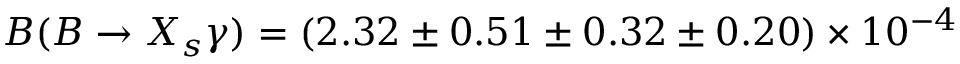
{ \cal B } ( B \to X _ { s } \gamma ) = ( 2 . 3 2 \pm 0 . 5 1 \pm 0 . 3 2 \pm 0 . 2 0 ) \times 1 0 ^ { - 4 }